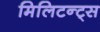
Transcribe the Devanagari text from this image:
मिलिटन्ट्स